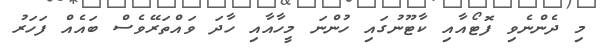
މި ދެންނެވި ފޮޓޯއާއި ކާޓޫނުގައި ހުންނަ މީހާއާއި ހާދަ ވައްތަރޭވެސް ބައެއް ފަހަރު